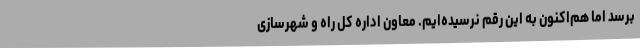
برسد اما هم‌اکنون به این رقم نرسیده‌ایم. معاون اداره کل راه و شهرسازی